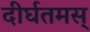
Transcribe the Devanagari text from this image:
दीर्घतमस्‌